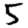
Digit: 5